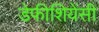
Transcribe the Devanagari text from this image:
डेफीशियेंसी